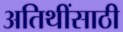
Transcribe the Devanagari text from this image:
अतिथींसाठी